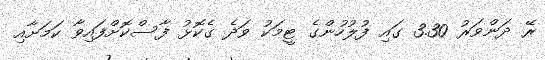
ރޭ ދަންވަރު 3.30 ގައި ފުލުހުންގެ ޓީމަކު ވަދެ ގެކޮޅު ފާސްކޮށްފައިވާ ކަމަށާއި